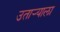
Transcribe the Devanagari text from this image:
उताऱ्याला